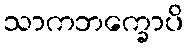
သာကဘက္ခောပိ